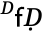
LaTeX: ^Ḋ\mathsf{f}Ḍ